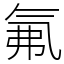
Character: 氟